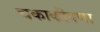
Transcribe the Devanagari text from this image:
चकाकीपणा